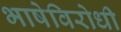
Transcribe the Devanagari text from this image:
भाषेविरोधी